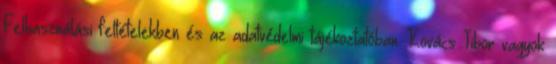
Felhasználási feltételekben és az adatvédelmi tájékoztatóban. Kovács Tibor vagyok